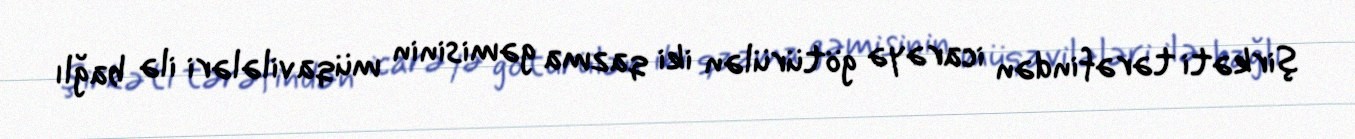
şirkəti tərəfindən icarəyə götürülən iki qazma gəmisinin müqavilələri ilə bağlı